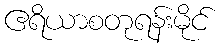
ဧရိယာစတုရန်းမိုင်